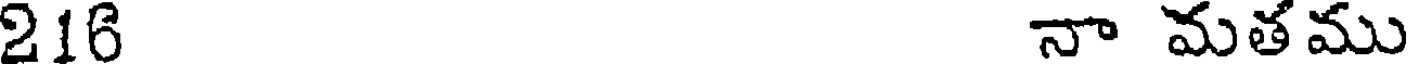
216 నా మతము